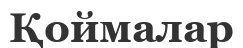
Қоймалар